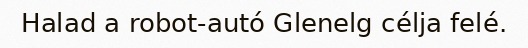
Halad a robot-autó Glenelg célja felé.